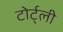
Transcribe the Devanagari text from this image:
टोर्ट्ली